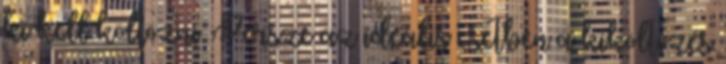
ki kell költözni. Persze az ideális esetben a kiköltözés